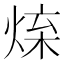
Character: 𤉬